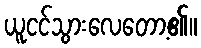
ယူငင်သွားလေတော့၏။